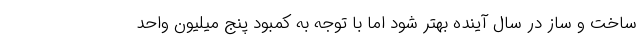
ساخت و ساز در سال آینده بهتر شود اما با توجه به کمبود پنج میلیون واحد